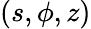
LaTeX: (s,\phi,z)